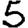
Digit: 5